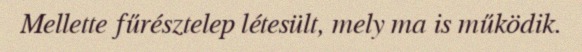
Mellette fűrésztelep létesült, mely ma is működik.